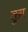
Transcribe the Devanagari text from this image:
तुग्न